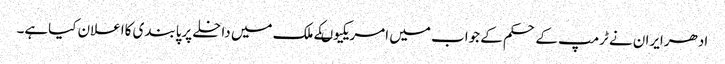
ادھرایران نے ٹرمپ کے حکم کے جواب میں امریکیوںکے ملک میں داخلے پرپابندی کااعلان کیاہے۔